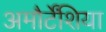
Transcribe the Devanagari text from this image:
अमौर्टेंशिया